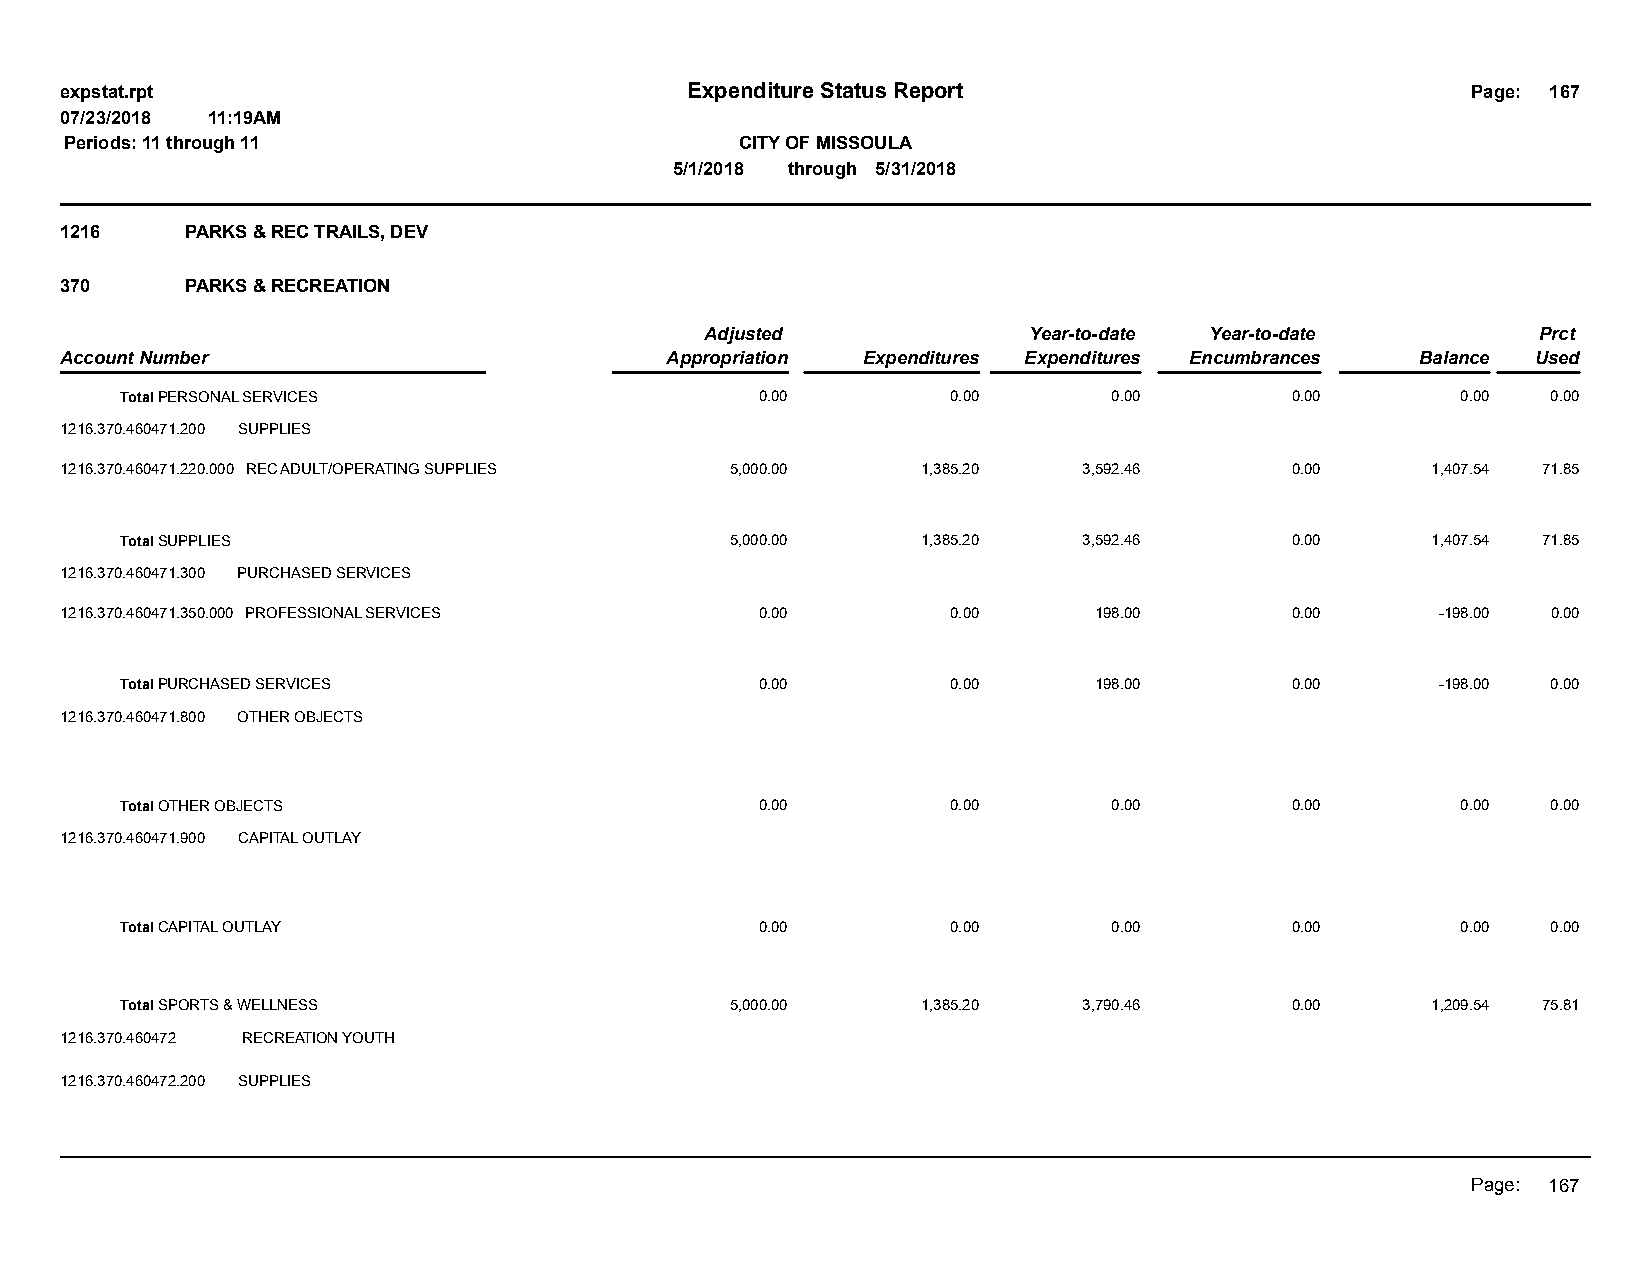
expstat.rpt                              Expenditure Status Report                           Page: 167
 07/23/2018 11:19AM
 Periods: 11 through 11                       CITY OF MISSOULA
 5/1/2018 through 5/31/2018
 1216    PARKS & REC TRAILS, DEV
 370     PARKS & RECREATION
 Adjusted             Year-to-date Year-to-date         Prct
 Account Number                          Appropriation Expenditures Expenditures Encumbrances Balance Used
 Total PERSONAL SERVICES                   0.00         0.00       0.00       0.00        0.00  0.00
 1216.370.460471.200 SUPPLIES
 1216.370.460471.220.000 REC ADULT/OPERATING SUPPLIES 5,000.00 1,385.20 3,592.46  0.00      1,407.54 71.85
 Total SUPPLIES                          5,000.00     1,385.20   3,592.46     0.00      1,407.54 71.85
 1216.370.460471.300 PURCHASED SERVICES
 1216.370.460471.350.000 PROFESSIONAL SERVICES 0.00         0.00     198.00       0.00      -198.00 0.00
 Total PURCHASED SERVICES                  0.00         0.00     198.00       0.00      -198.00 0.00
 1216.370.460471.800 OTHER OBJECTS
 Total OTHER OBJECTS                       0.00         0.00       0.00       0.00        0.00  0.00
 1216.370.460471.900 CAPITAL OUTLAY
 Total CAPITAL OUTLAY                      0.00         0.00       0.00       0.00        0.00  0.00
 Total SPORTS & WELLNESS                 5,000.00     1,385.20   3,790.46     0.00      1,209.54 75.81
 1216.370.460472 RECREATION YOUTH
 1216.370.460472.200 SUPPLIES
 Page: 167